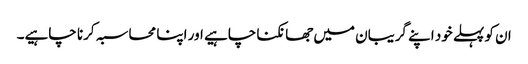
ان کو پہلے خود اپنے گریبان میں جھانکنا چاہیے اور اپنا محاسبہ کرنا چاہیے۔